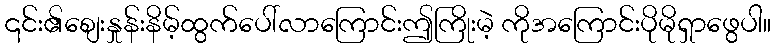
၎င်း၏စျေးနှုန်းနိမ့်ထွက်ပေါ်လာကြောင်းဤကြိုးမဲ့ ကိုအကြောင်းပိုမိုရှာဖွေပါ။